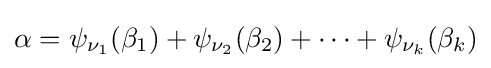
\alpha =\psi _{\nu _{1}}(\beta _{1})+\psi _{\nu _{2}}(\beta _{2})+\cdots +\psi _{\nu _{k}}(\beta _{k})